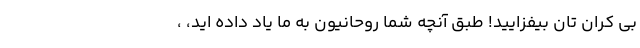
بی کران تان بیفزایید! طبق آنچه شما روحانیون به ما یاد داده اید، ،